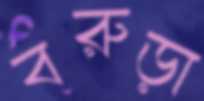
বরুড়া